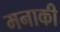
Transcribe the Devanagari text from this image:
मनाकी